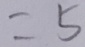
= 5